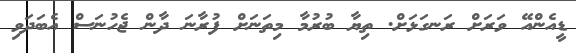
ޑީއެންއޭ ވަރަށް ރަނގަޅަށް. ތިޔާ ބުރުމާ މިތަނަށް ފުރާނަ ދާން ޖެހުނަސް އެބަދަވި